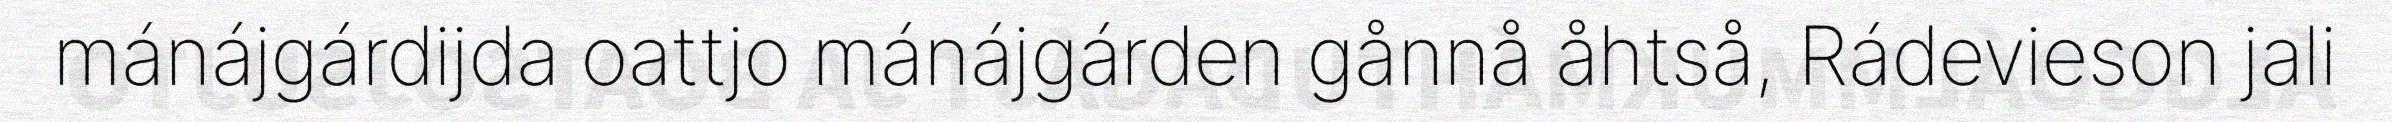
mánájgárdijda oattjo mánájgárden gånnå åhtså, Rádevieson jali